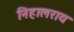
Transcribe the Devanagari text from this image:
निहालराय